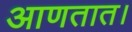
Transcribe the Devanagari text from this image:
आणतात।